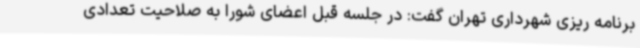
برنامه ریزی شهرداری تهران گفت: در جلسه قبل اعضای شورا به صلاحیت تعدادی